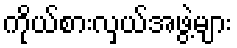
ကိုယ်စားလှယ်အဖွဲ့များ